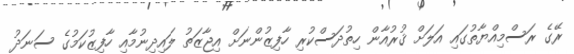
ރޭގެ ރަސްމިއްޔާތުގައި އަލަށް ޤުރުއާން ހިތުދަސްކުރި ހާފިޒުންނަށް އިޖާޒަތު ލައިދިނުމާއި ހާފިޒުކަމުގެ ސަނަދު